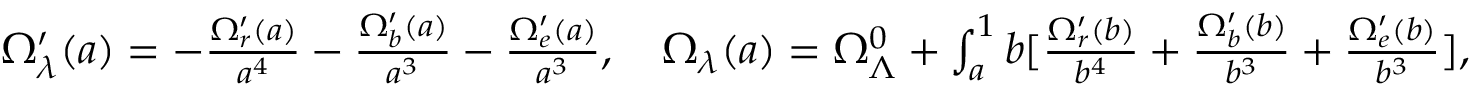
\begin{array} { r } { \Omega _ { \lambda } ^ { \prime } ( a ) = - \frac { \Omega _ { r } ^ { \prime } ( a ) } { a ^ { 4 } } - \frac { \Omega _ { b } ^ { \prime } ( a ) } { a ^ { 3 } } - \frac { \Omega _ { e } ^ { \prime } ( a ) } { a ^ { 3 } } , \quad \Omega _ { \lambda } ( a ) = \Omega _ { \Lambda } ^ { 0 } + \int _ { a } ^ { 1 } \d b [ \frac { \Omega _ { r } ^ { \prime } ( b ) } { b ^ { 4 } } + \frac { \Omega _ { b } ^ { \prime } ( b ) } { b ^ { 3 } } + \frac { \Omega _ { e } ^ { \prime } ( b ) } { b ^ { 3 } } ] , } \end{array}